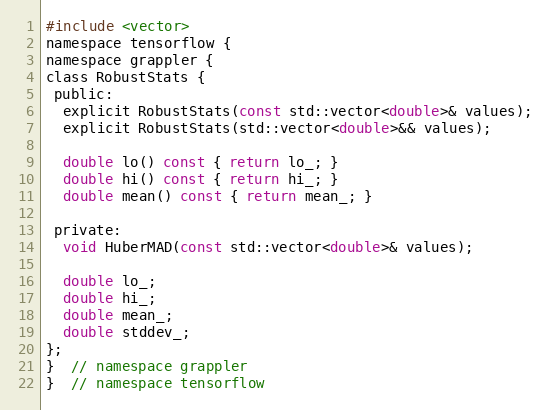
Language: C
#include <vector>
namespace tensorflow {
namespace grappler {
class RobustStats {
 public:
  explicit RobustStats(const std::vector<double>& values);
  explicit RobustStats(std::vector<double>&& values);

  double lo() const { return lo_; }
  double hi() const { return hi_; }
  double mean() const { return mean_; }

 private:
  void HuberMAD(const std::vector<double>& values);

  double lo_;
  double hi_;
  double mean_;
  double stddev_;
};
}  // namespace grappler
}  // namespace tensorflow